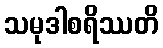
သမုဒါစရိဿတိ